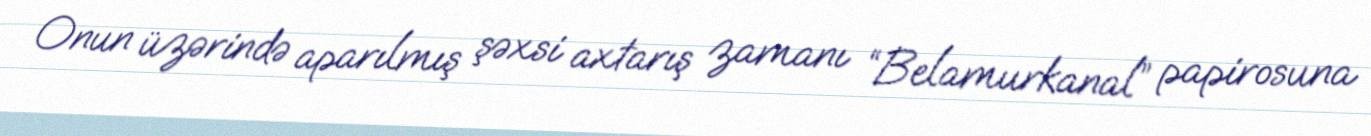
Onun üzərində aparılmış şəxsi axtarış zamanı “Belamurkanal” papirosuna